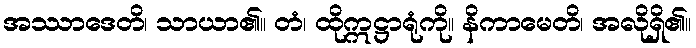
အဿာဒေတိ၊ သာယာ၏။ တံ၊ ထိုဣဋ္ဌာရုံကို။ နိကာမေတိ၊ အလိုရှိ၏။